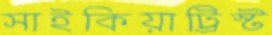
সাইকিয়াট্রিস্ট